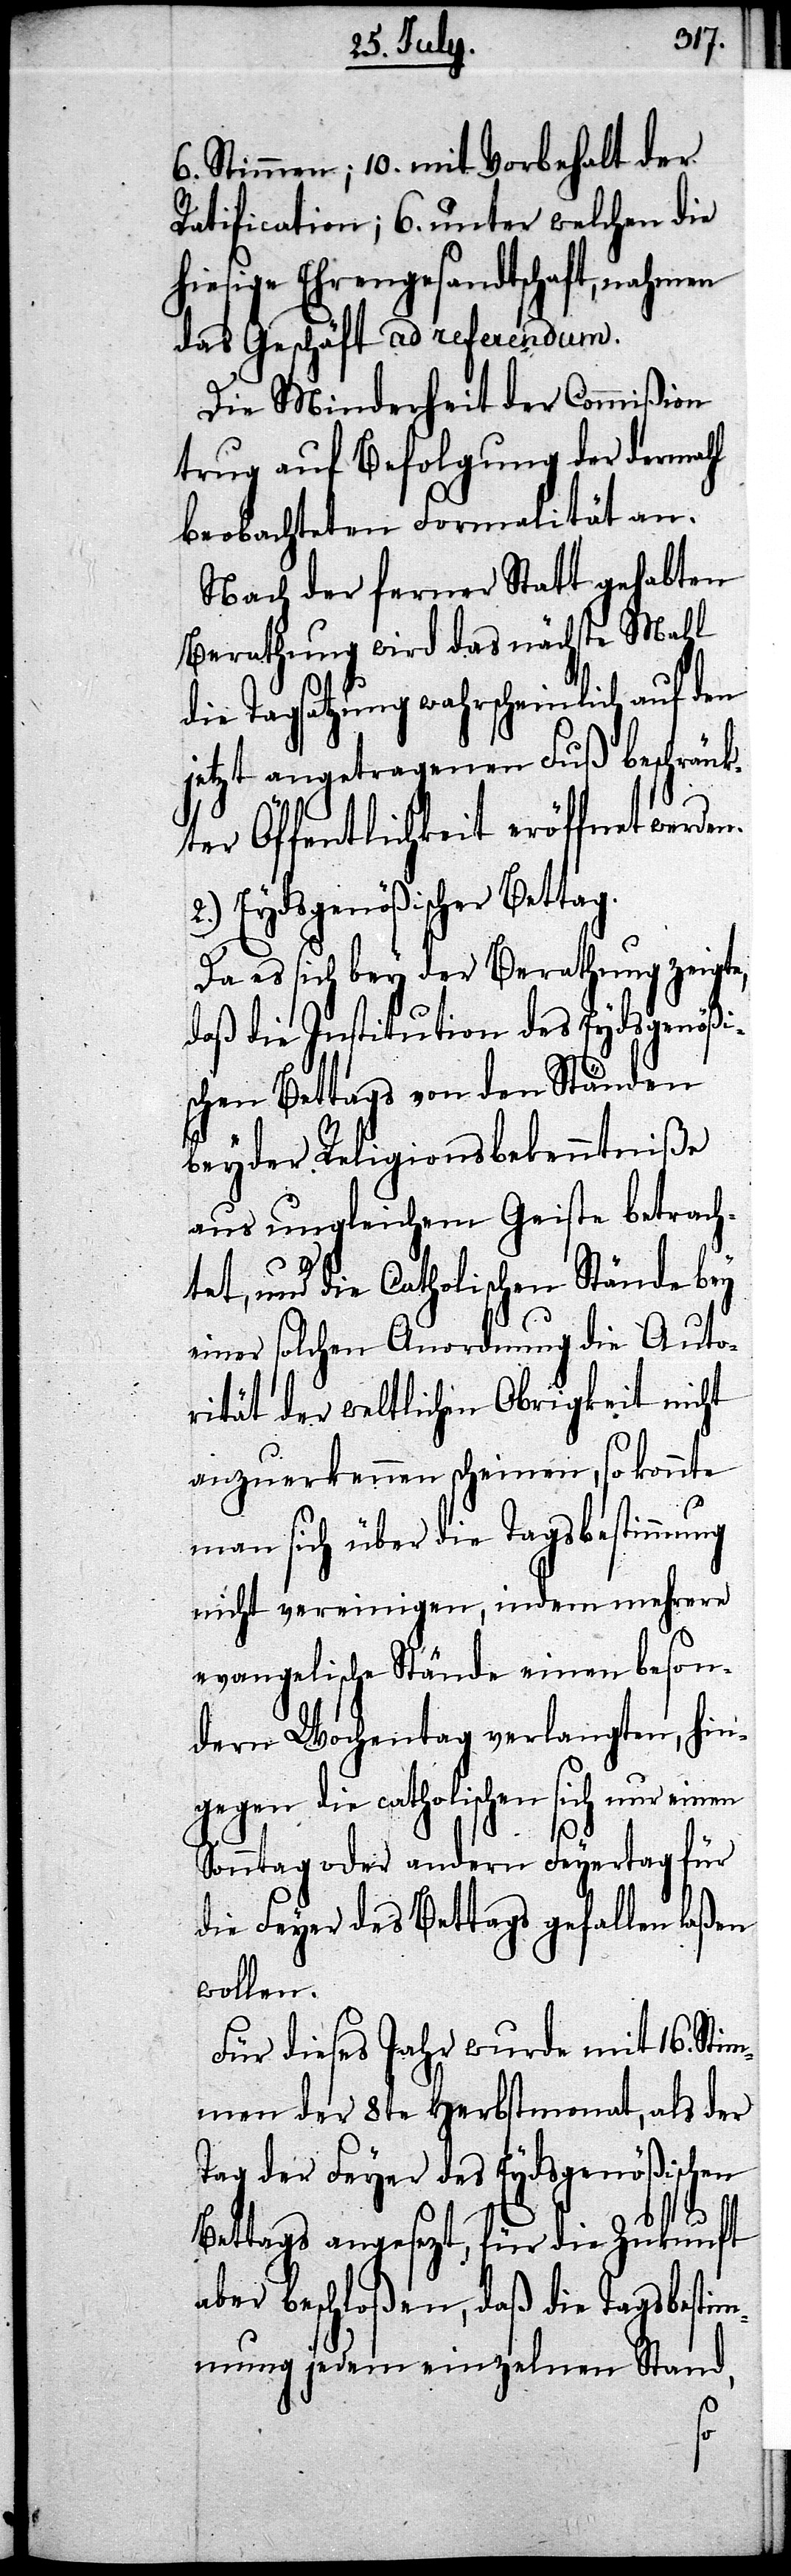
6. Stimmen; 10. mit Vorbehalt der
Ratification; 6. unter welchen die
hiesige Ehrengesandtschaft, nahmen
das Geschäft ad referendum.
Die Minderheit der Commißion
trug auf Befolgung der dermahl
beobachteten Formalität an.
Nach der ferner Statt gehabten
Berathung wird das nächste Mahl
die Tagsatzung wahrscheinlich auf den
jetzt angetragenen Fuß beschränk¬
ter Öffentlichkeit eröffnet werde¬
2.) Eydsgenößischer Bettag.
Da es sich bey der Berathung zeigte,
daß die Institution des Eydsgenößi¬
schen Bettags von den Ständen
beyder Religionsbekenntniße
aus ungleichem Geiste betrach¬
tet, und die Catholischen Stände bey
einer solchen Anordnung die Auto¬
rität der weltlichen Obrigkeit nicht
anzuerkennen scheinen, so konnte
man sich über die Tagsbestimmung
nicht vereinigen, indem mehrere
evangelische Stände einen beson¬
dern Wochentag verlangten, hin¬
gegen die catholischen sich nur einen
Sonntag oder andern Feyertag für
die Feyer des Bettags gefallen laßen
wollen.
Für dieses Jahr wurde mit 16. Sti¬
mmen der 8te Herbstmonat, als der
Tag der Feyer des Eydsgenößischen
Bettags angesezt, für die Zukunft
aber beschloßen, daß die Tagsbestim¬
mung jedem einzelnen Stand,
n.